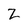
Character: Z